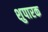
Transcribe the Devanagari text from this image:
शुपारक